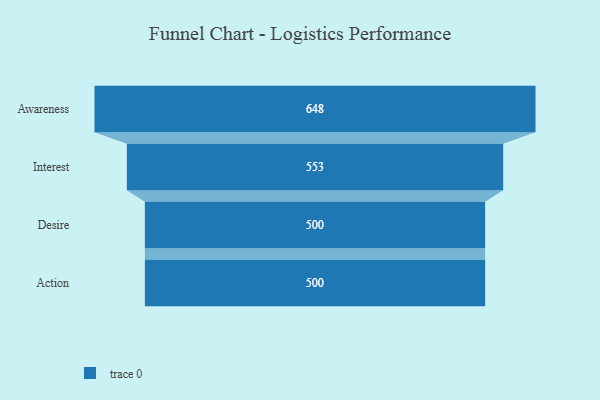
{"axis": {"x": "Stage", "y": "Value"}, "legend": [""], "data": [{"x": "Awareness", "y": 648.0, "type": ""}, {"x": "Interest", "y": 553.0, "type": ""}, {"x": "Desire", "y": 500, "type": ""}, {"x": "Action", "y": 500, "type": ""}]}